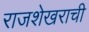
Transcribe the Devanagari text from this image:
राजशेखराची